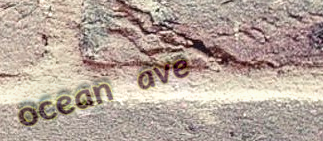
ocean ave